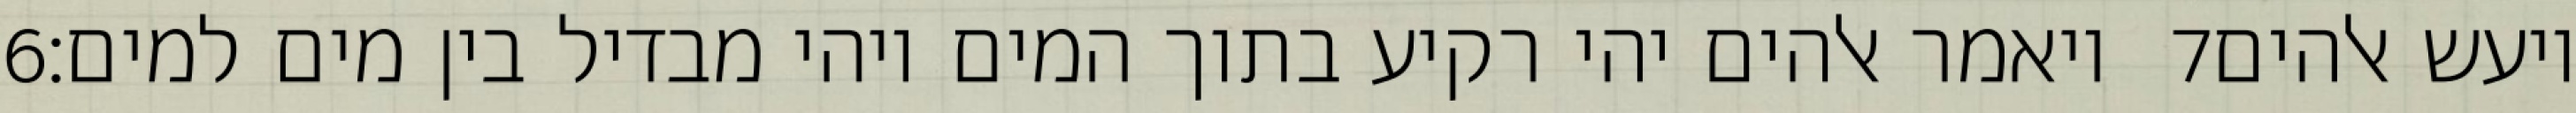
‎6‏ ויאמר אלהים יהי רקיע בתוך המים ויהי מבדיל בין מים למים׃ ‎7‏ ויעש אלהים